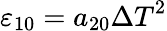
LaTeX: {{\varepsilon}_{10}}={{a}_{20}}{{\Delta T}^{2}}